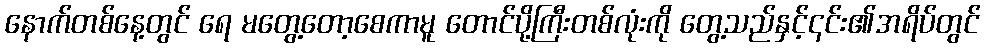
နောက်တစ်နေ့တွင် ရေ မတွေ့တော့စေကာမူ တောင်ပို့ကြီးတစ်လုံးကို တွေ့သည်နှင့်၎င်း၏အရိပ်တွင်